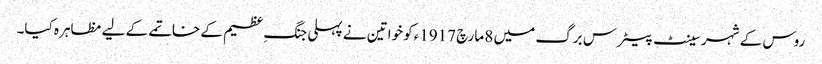
روس کے شہر سینٹ پیٹرس برگ میں 8 مارچ 1917ءکو خواتین نے پہلی جنگِ عظیم کے خاتمے کے لیے مظاہرہ کیا۔